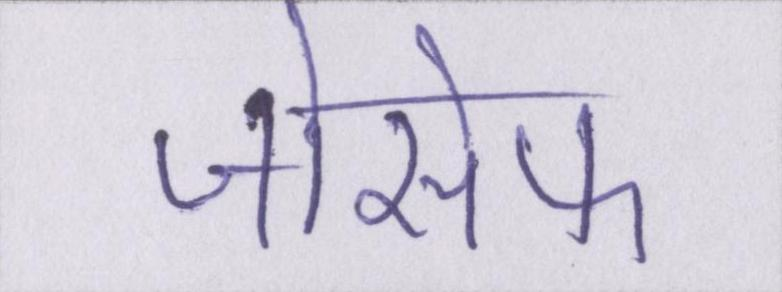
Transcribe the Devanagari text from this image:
जोसेफ